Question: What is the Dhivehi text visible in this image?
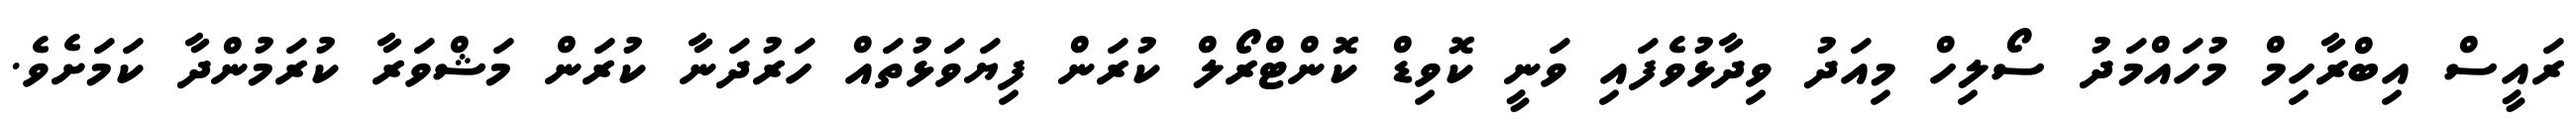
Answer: ރައީސް އިބްރާހިމް މުހައްމަދު ސޯލިހް މިއަދު ވިދާޅުވެފައި ވަނީ ކޮވިޑް ކޮންޓްރޯލް ކުރަން ފިޔަވަޅުތައް ހަރުދަނާ ކުރަން މަޝްވަރާ ކުރަމުންދާ ކަމަށެވެ.